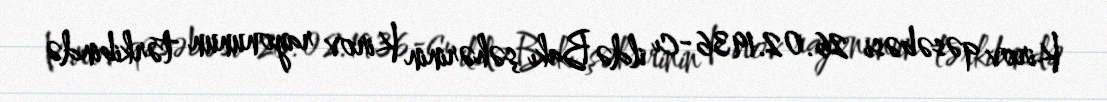
Kirov qəsəbəsi 26.02.1936-cı ildə Bakı şəhərinin Kirov rayonunun tərkibində